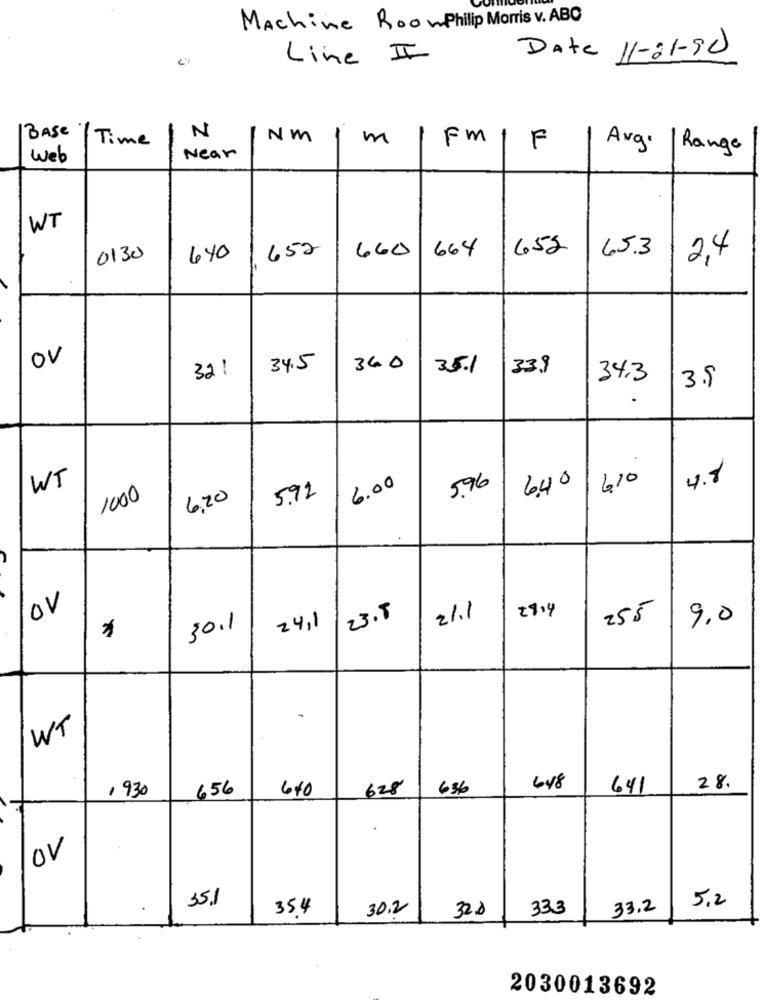
Machine RoomPhilip Morris v. ABO
Line II
Date 11-01-90
N
BASE
Time
NM
1
m
Fm
F
Avg.
Range
Web
Near
WT
652
660
664
652
65.3
0130
440
2,4
OV
321
34.5
340
35.1
33.9
34.3
3.9
.
WT
6.00
610
4.8
5.96
6.40
1000
6.20
5.92
OV
29,4
23.5
21.1
255
9,0
24,1
30.1
-
WT
1930
656
640
628
656
648
641
28.
OV
35.1
5,2
354
30.2
333
33.2
32.0
2030013692